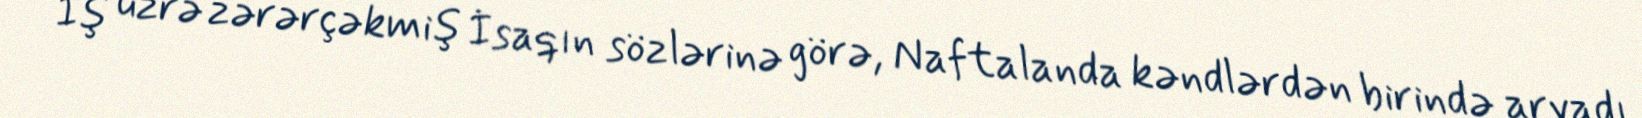
İş üzrə zərərçəkmiş İsaqın sözlərinə görə, Naftalanda kəndlərdən birində arvadı